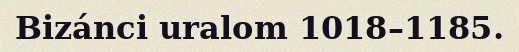
Bizánci uralom 1018–1185.